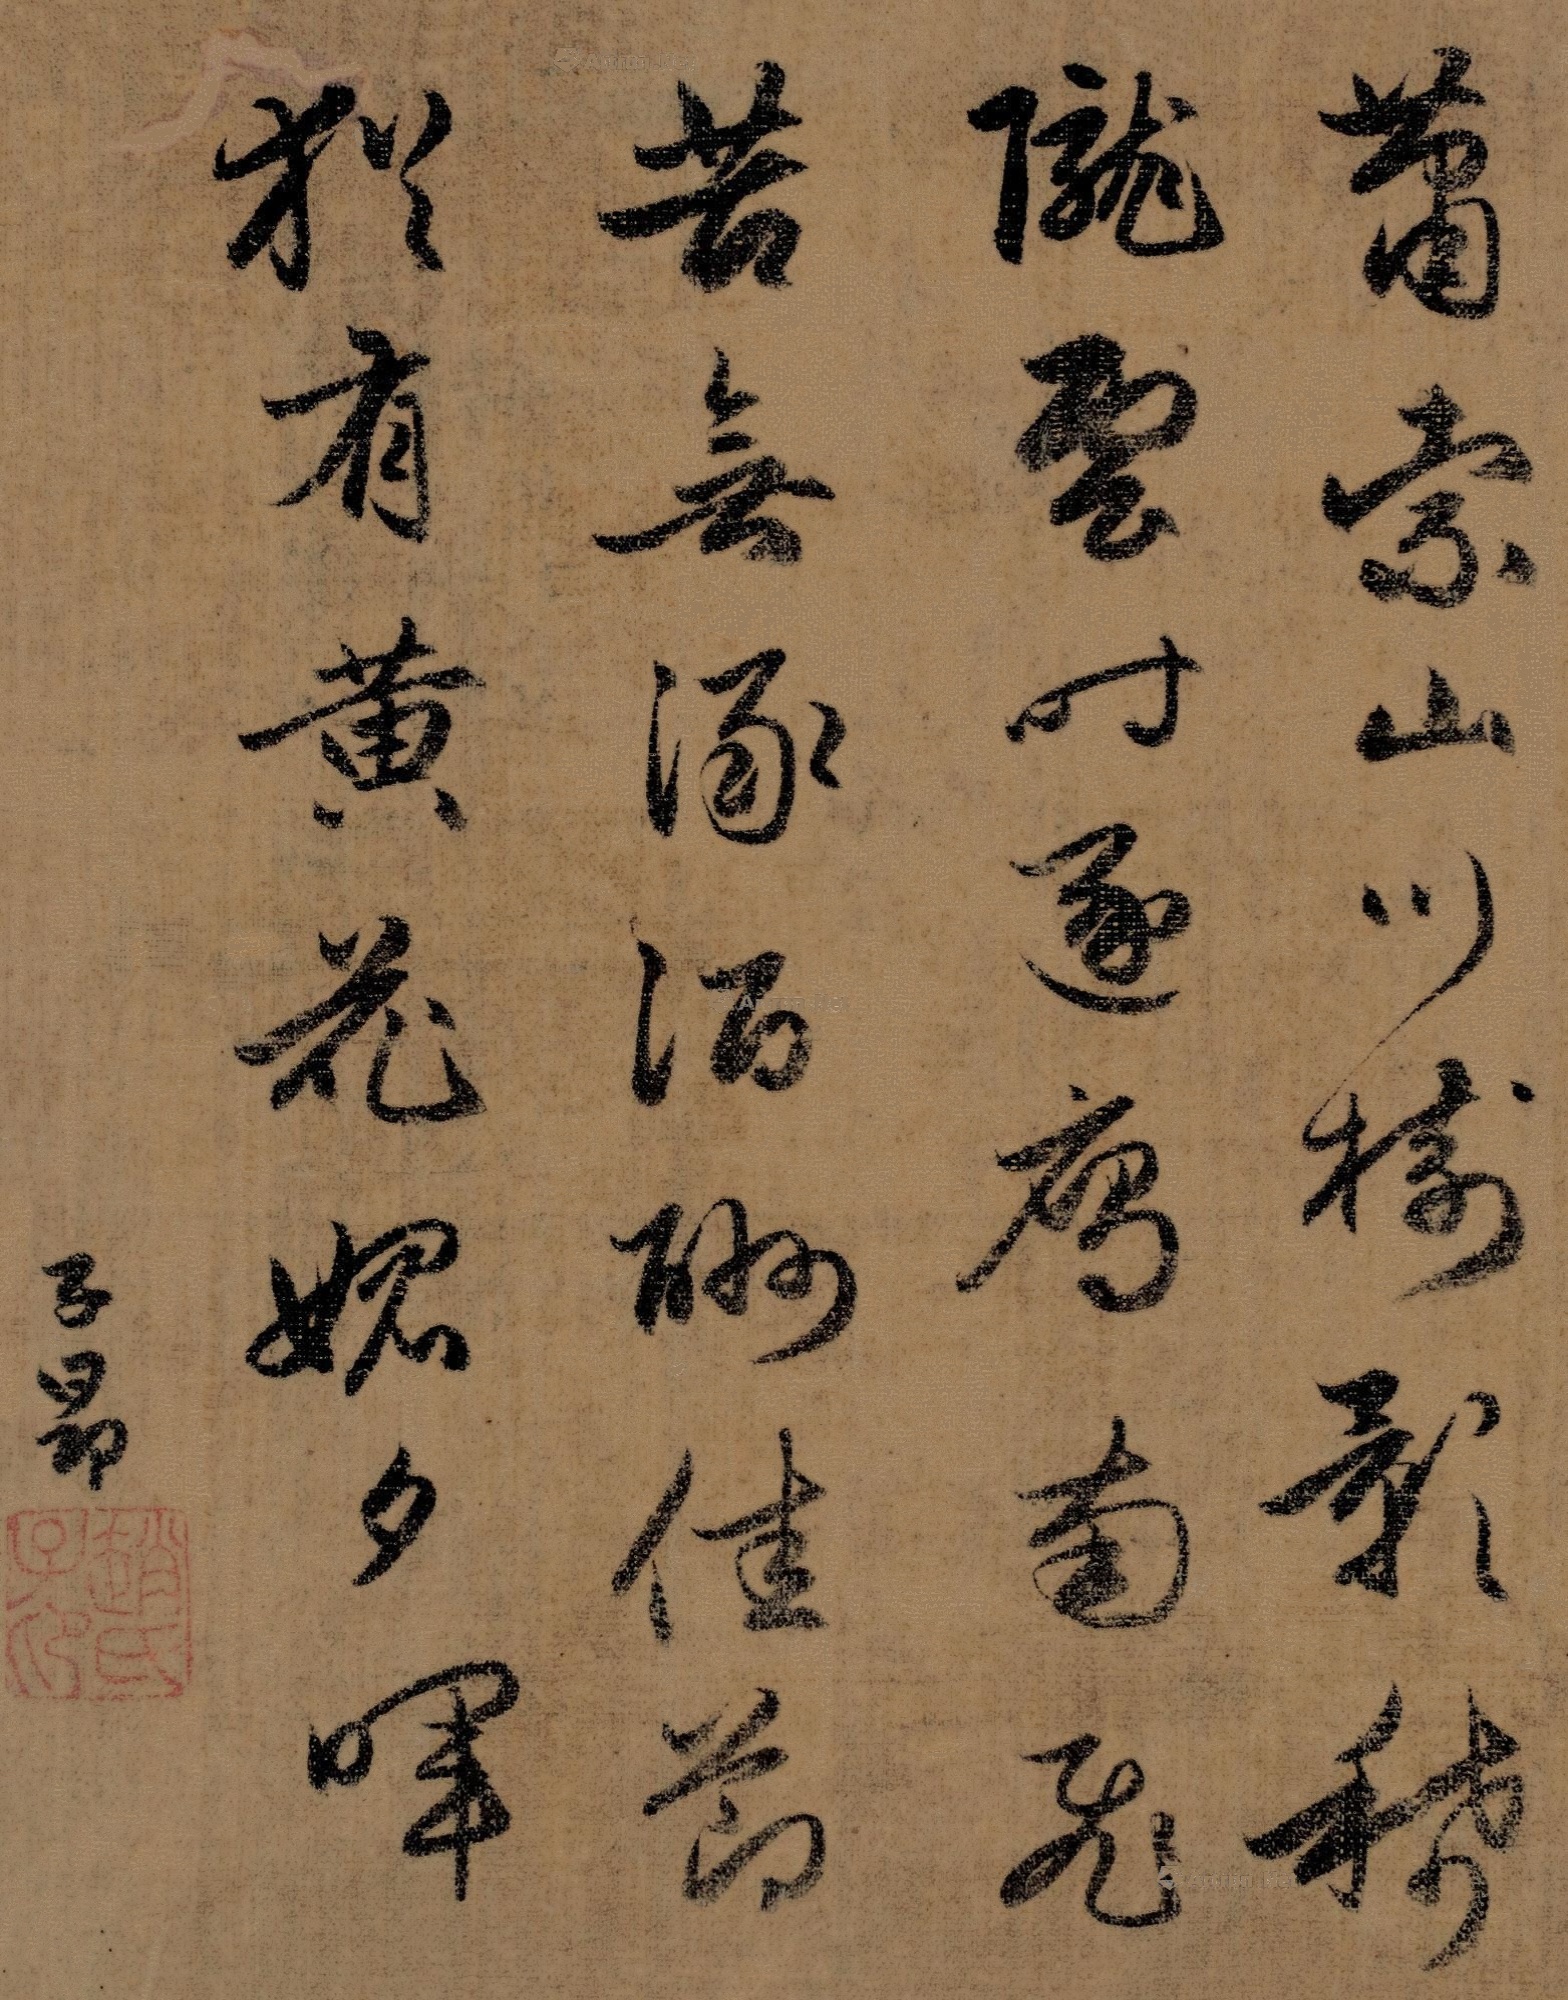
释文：萧索山川树影稀，陇云时逐雁南飞。苦无涿酒酬佳节，犹有黄花愧夕晖。